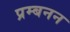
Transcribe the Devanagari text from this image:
प्रम्बनन